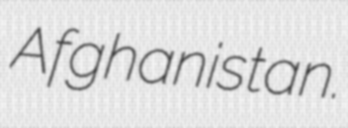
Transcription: Afghanistan.